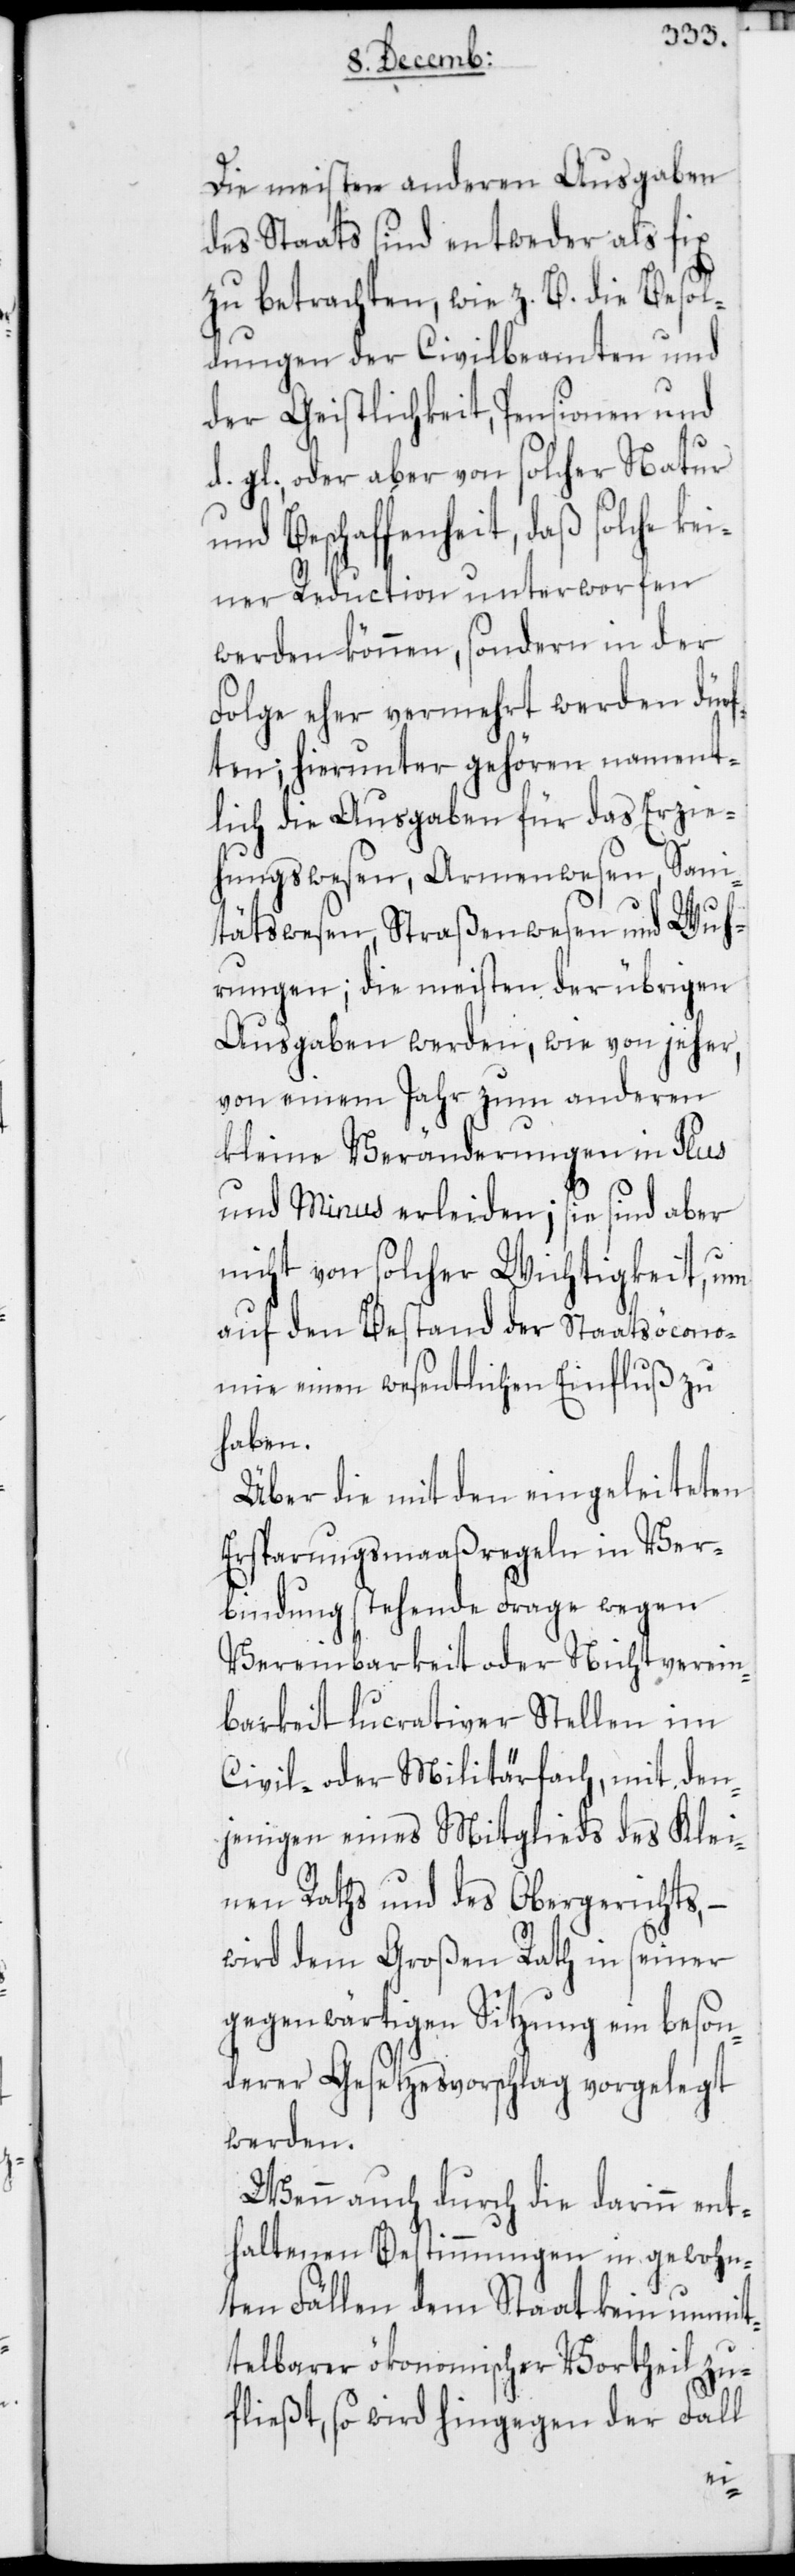
Die meisten anderen Ausgaben
des Staats sind entweder als fix
zu betrachten, wie z. B. die Besol¬
dungen der Civilbeamten und
der Geistlichkeit, Pensionen und
d. gl., oder aber von solcher Natur
und Beschaffenheit, daß solche kei¬
ner Reduction unterworfen
werden können, sondern in der
Folge eher vermehrt werden dürf¬
ten; hierunter gehören nament¬
lich die Ausgaben für das Erzie¬
hungswesen, Armenwesen, Sani¬
tätswesen, Straßenwesen und Wuh¬
rungen; die meisten der übrigen
Ausgaben werden, wie von jeher,
von einem Jahr zum anderen
kleine Veränderungen in Plus
und Minus erleiden; sie sind aber
nicht von solcher Wichtigkeit, um
auf den Bestand der Staatsöcono¬
mie einen wesentlichen Einfluß zu
haben.
Über die mit den eingeleiteten
Ersparungsmaaßregeln in Ver¬
bindung stehende Frage wegen
Vereinbarkeit oder Nichtverein¬
barkeit lucrativer Stellen im
Civil- oder Militärfach, mit den¬
jenigen eines Mitglieds des Klei¬
nen Raths und des Obergerichts,
wird dem Großen Rath in seiner
gegenwärtigen Sitzung ein beson¬
derer Gesetzesvorschlag vorgelegt
werden.
Wenn auch durch die darinn ent¬
haltenen Bestimmungen in gewohn¬
ten Fällen dem Staat kein unmit¬
telbarer ökonomischer Vortheil zu¬
fließt, so wird hingegen der Fall